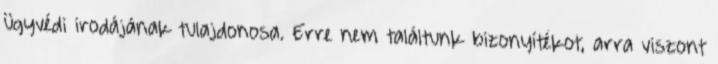
ügyvédi irodájának tulajdonosa. Erre nem találtunk bizonyítékot, arra viszont